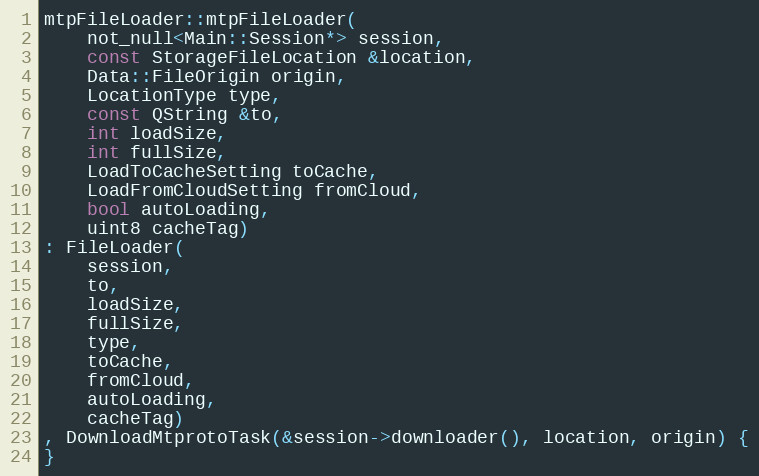
Language: C++
mtpFileLoader::mtpFileLoader(
	not_null<Main::Session*> session,
	const StorageFileLocation &location,
	Data::FileOrigin origin,
	LocationType type,
	const QString &to,
	int loadSize,
	int fullSize,
	LoadToCacheSetting toCache,
	LoadFromCloudSetting fromCloud,
	bool autoLoading,
	uint8 cacheTag)
: FileLoader(
	session,
	to,
	loadSize,
	fullSize,
	type,
	toCache,
	fromCloud,
	autoLoading,
	cacheTag)
, DownloadMtprotoTask(&session->downloader(), location, origin) {
}